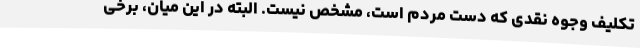
تکلیف وجوه نقدی که دست مردم است، مشخص نیست. البته در این میان، برخی